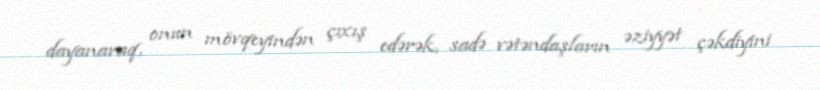
dayanaraq, onun mövqeyindən çıxış edərək, sadə vətəndaşların əziyyət çəkdiyini